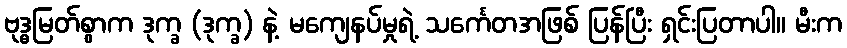
ဗုဒ္ဓမြတ်စွာက ဒုက္ခ (ဒုက္ခ) နဲ့ မကျေနပ်မှုရဲ့ သင်္ကေတအဖြစ် ပြန်ပြီး ရှင်းပြတာပါ။ မီးက